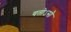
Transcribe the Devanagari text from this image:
यतोऽसौ